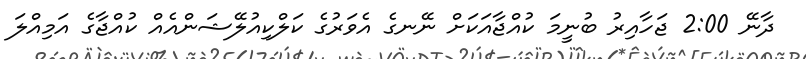
ދާނޭ 2:00 ޖަހާއިރު ބުނީމަ ކުއްޖާއަކަށް ނޭނގެ އެވަރުގެ ކަލްކިއުލޭޝަންއެއް ކުއްޖާގެ އަމިއްލަ